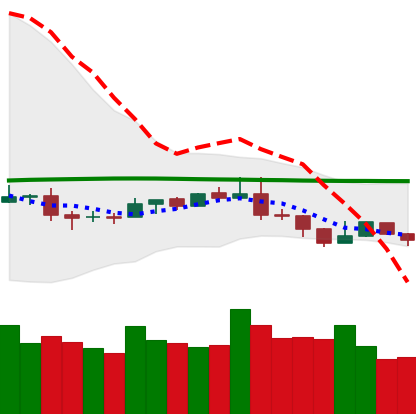
Ticker: NEO-USD
Chart end date: 2019-08-13
Forward return: -5.786%
Label: down_5_7